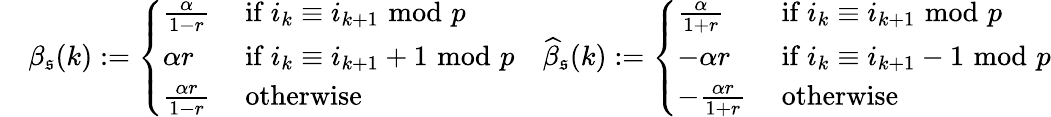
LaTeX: \begin{array}{rlr}&{\beta_{\mathfrak{s}}(k):=\left\{ \begin{array}{ll}{\frac{\alpha}{1-r}}&{\mathrm{~if~}i_{k}\equiv i_{k+1}\, \, \mathrm{mod}\, \, p}\\ {\alpha r}&{\mathrm{~if~}i_{k}\equiv i_{k+1}+1\, \, \mathrm{mod}\, \, p}\\ {\frac{\alpha r}{1-r}}&{\mathrm{~otherwise~}}\end{array}\right.}&{\widehat{\beta}_{\mathfrak{s}}(k):=\left\{ \begin{array}{ll}{\frac{\alpha}{1+r}}&{\mathrm{~if~}i_{k}\equiv i_{k+1}\, \, \mathrm{mod}\, \, p}\\ {-\alpha r}&{\mathrm{~if~}i_{k}\equiv i_{k+1}-1\, \, \mathrm{mod}\, \, p}\\ {-\frac{\alpha r}{1+r}}&{\mathrm{~otherwise~}}\end{array}\right.}\end{array}